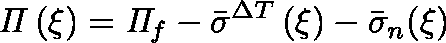
\mathit { \Pi } \left( \xi \right) = \mathit { \Pi } _ { f } - \bar { \sigma } ^ { \Delta T } \left( \xi \right) - \bar { \sigma } _ { n } ( \xi )